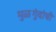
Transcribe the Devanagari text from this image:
मुळगुंदांची